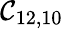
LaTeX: \mathcal{C}_{12,10}